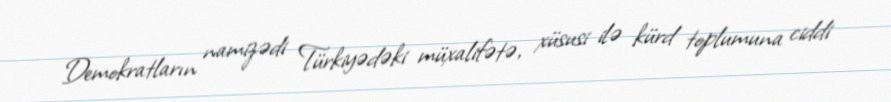
Demokratların namizədi Türkiyədəki müxalifətə, xüsusi ilə kürd toplumuna ciddi